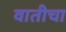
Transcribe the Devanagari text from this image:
वातीचा